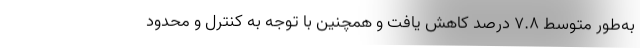
به‌طور متوسط ۷.۸ درصد کاهش یافت و همچنین با توجه به کنترل و محدود